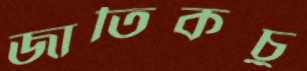
জাতিকচু